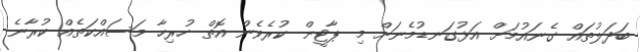
ބަދަލުތައް ގެނައުމަށް އަޅުގަނޑުމެނަށް މި ޕާޓީން ކުރެވެން އޮތް ހުރިހާ މަސައްކަތެއް ކުރާނެ